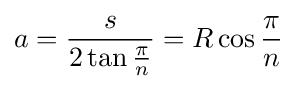
a={\frac {s}{2\tan {\frac {\pi }{n}}}}=R\cos {\frac {\pi }{n}}